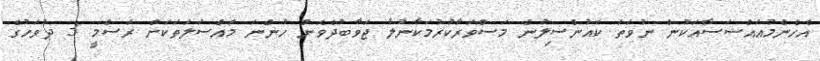
އެހެންމުއައްސަސާއަކުން ނުވަތަ ކައުންސިލުން މަސްވަރާކުރުމަކާނުލާ ޖަވާބުދެވެން ހުންނަ މައްސަލަތަކަށް ރަސްމީ 3 ދުވަހުގެ